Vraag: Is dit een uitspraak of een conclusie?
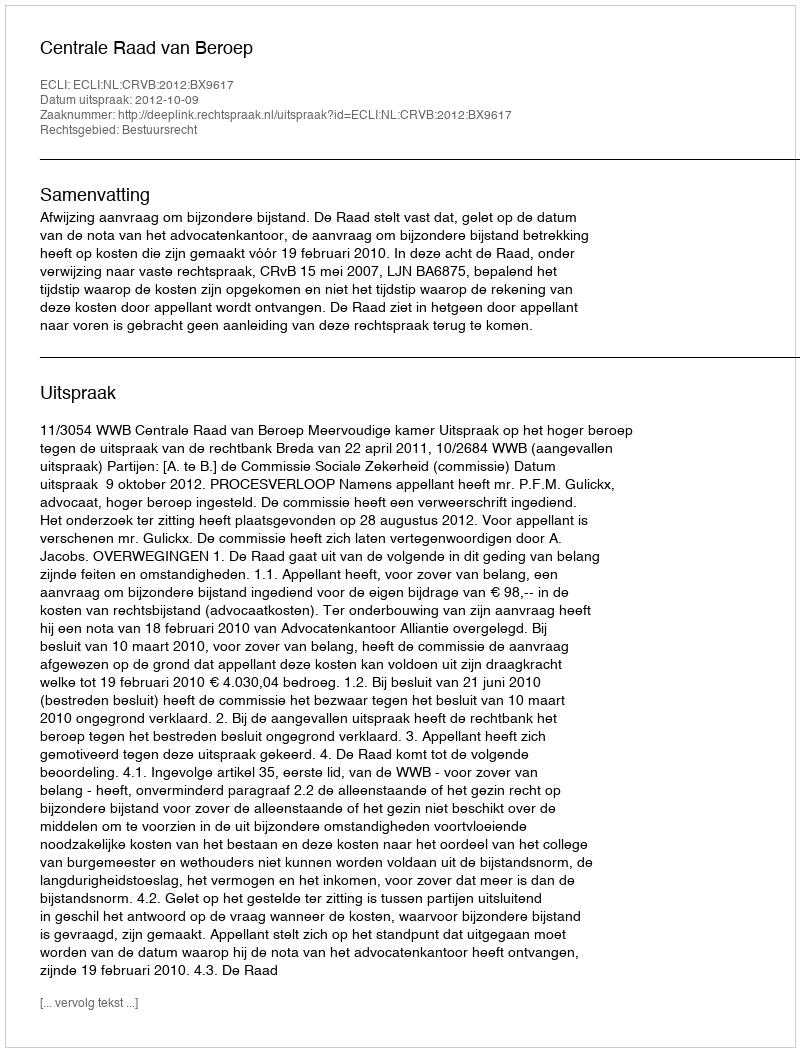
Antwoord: Uitspraak